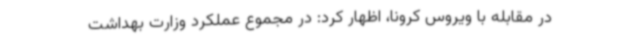
در مقابله با ویروس کرونا، اظهار کرد: در مجموع عملکرد وزارت بهداشت